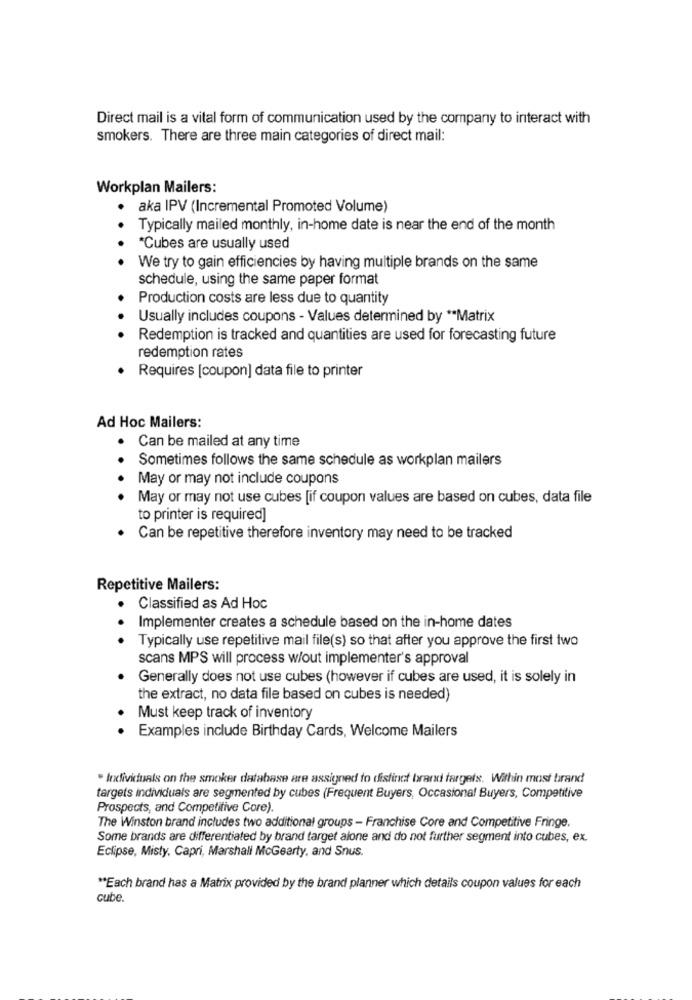
Direct mail is a vital form of communication used by the company to interact with
smokers. There are three main categories of direct mail:
Workplan Mailers:
aka IPV (Incremental Promoted Volume)
..
Typically mailed monthly, in-home date is near the end of the month
*Cubes are usually used
We try to gain efficiencies by having multiple brands on the same
schedule, using the same paper format
Production costs are less due to quantity
Usually includes coupons - Values determined by ** Matrix
Redemption is tracked and quantities are used for forecasting future
redemption rates
Requires [coupon] data file to printer
Ad Hoc Mailers:
. Can be mailed at any time
Sometimes follows the same schedule as workplan mailers
May or may not include coupons
May or may not use cubes [if coupon values are based on cubes, data file
to printer is required]
Can be repetitive therefore inventory may need to be tracked
Repetitive Mailers:
.
Classified as Ad Hoc
Implementer creates a schedule based on the in-home dates
Typically use repetitive mail file(s) so that after you approve the first two
scans MPS will process w/out implementer's approval
Generally does not use cubes (however if cubes are used, it is solely in
the extract, no data file based on cubes is needed)
Must keep track of inventory
Examples include Birthday Cards, Welcome Mailers
. Individuals on the smoker database are assigned to distinct brand fargels. Within most brand
targets individuals are segmented by cubes (Frequent Buyers, Occasional Buyers, Competitive
Prospects, and Competitive Core).
The Winston brand includes two additional groups - Franchise Core and Competitive Fringe.
Some brands are differentiated by brand target alone and do not further segment into cubes, ex.
Eclipse, Misty, Capri, Marshall McGearty, and Snus.
"Each brand has a Matrix provided by the brand planner which details coupon values for each
cube.